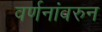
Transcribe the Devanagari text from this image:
वर्णनांवरुन